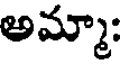
అమ్మా: